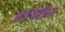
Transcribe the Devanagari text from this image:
शाहजहाँबाद